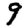
Digit: 9